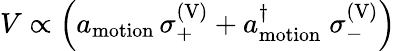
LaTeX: \begin{array}{r}{V\propto\left(a_{\mathrm{motion}}\, \sigma_{+}^{\mathrm{(V)}}+a_{\mathrm{motion}}^{\dagger}\; \sigma_{-}^{\mathrm{(V)}}\right)}\end{array}